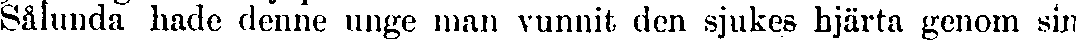
Sålunda hade denne unge man vunnit den sjukes hjärta genom sin